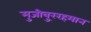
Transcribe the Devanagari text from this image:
मुजीवु्ररहमान